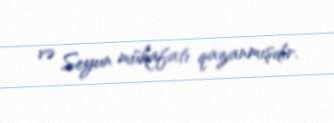
və Seyun mükafatı qazanmışdır.